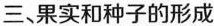
三果实和种子的形成